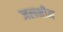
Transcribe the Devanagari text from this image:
जलनीम